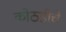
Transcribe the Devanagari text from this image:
कोठडीचे